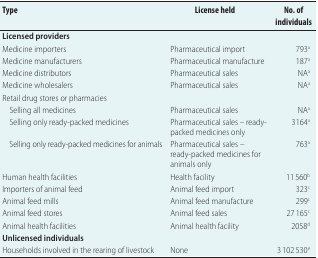
<table><thead><tr><td><b>Type</b></td><td><b>License held</b></td><td><b>No. of individuals</b></td></tr></thead><tbody><tr><td><b>Licensed providers </b></td><td></td><td></td></tr><tr><td>Medicine importers</td><td>Pharmaceutical import</td><td>793<sup>a</sup></td></tr><tr><td>Medicine manufacturers</td><td>Pharmaceutical manufacture</td><td>187<sup>a</sup></td></tr><tr><td>Medicine distributors</td><td>Pharmaceutical sales</td><td>NA<sup>a</sup></td></tr><tr><td>Medicine wholesalers</td><td>Pharmaceutical sales</td><td>NA<sup>a</sup></td></tr><tr><td>Retail drug stores or pharmacies</td><td> </td><td></td></tr><tr><td>Selling all medicines</td><td>Pharmaceutical sales</td><td>NA<sup>a</sup></td></tr><tr><td>Selling only ready-packed medicines</td><td>Pharmaceutical sales – ready-packed medicines only</td><td>3164<sup>a</sup></td></tr><tr><td>Selling only ready-packed medicines for animals</td><td>Pharmaceutical sales – ready-packed medicines for animals only</td><td>763<sup>a</sup></td></tr><tr><td>Human health facilities</td><td>Health facility</td><td>11 560<sup>b</sup></td></tr><tr><td>Importers of animal feed</td><td>Animal feed import</td><td>323<sup>c</sup></td></tr><tr><td>Animal feed mills</td><td>Animal feed manufacture</td><td>299<sup>c</sup></td></tr><tr><td>Animal feed stores</td><td>Animal feed sales</td><td>27 165<sup>c</sup></td></tr><tr><td>Animal health facilities</td><td>Animal health facility</td><td>2058<sup>d</sup></td></tr><tr><td><b>Unlicensed individuals</b></td><td></td><td></td></tr><tr><td>Households involved in the rearing of livestock</td><td>None</td><td>3 102 530<sup>e</sup></td></tr></tbody></table>